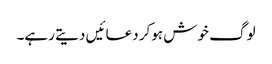
لوگ خوش ہوکر دعائیں دیتے رہے۔